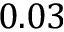
0 . 0 3